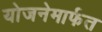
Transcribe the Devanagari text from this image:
योजनेमार्फत